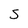
Character: S